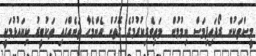
މީސްތަކުން ރޯދަހިފިމަސް ނިމުމުން  މަތިވެރިކުރުމުގެ ގޮތުން އެންމެހާ ތަނެއްގައި ތަކުބީރު ކިޔައުޅުމަކީ